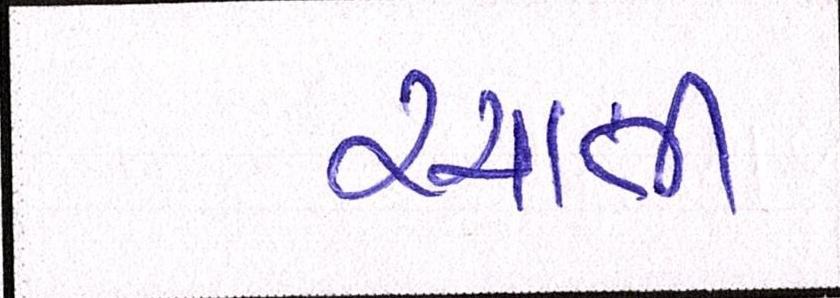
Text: રચાતી